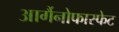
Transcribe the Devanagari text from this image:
आर्गैनोफास्फेट